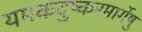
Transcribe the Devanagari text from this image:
यमकदुष्करमार्गेषु